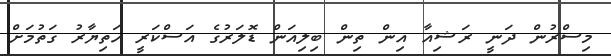
މިސްރުން ދަނީ ރަޝިއާ އިން ތިން ބިލިއަން ޑޮލަރުގެ އަސްކަރީ ހަތިޔާރު ގަތުމަށް